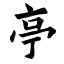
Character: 亭